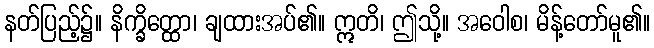
နတ်ပြည့်၌။ နိက္ခိတ္ထော၊ ချထားအပ်၏။ ဣတိ၊ ဤသို့။ အဝေါစ၊ မိန့်တော်မူ၏။